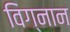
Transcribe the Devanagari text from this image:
विग्नान